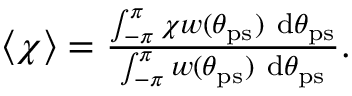
\begin{array} { r } { \langle \chi \rangle = \frac { \int _ { - \pi } ^ { \pi } \chi w ( \theta _ { \mathrm { p s } } ) \ { \mathrm { d } } \theta _ { \mathrm { p s } } } { \int _ { - \pi } ^ { \pi } w ( \theta _ { \mathrm { p s } } ) \ { \mathrm { d } } \theta _ { \mathrm { p s } } } . } \end{array}